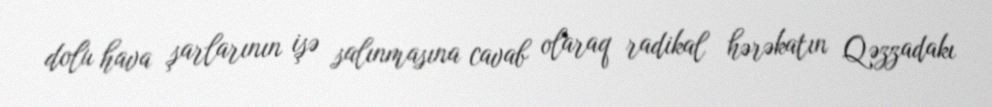
dolu hava şarlarının işə salınmasına cavab olaraq radikal hərəkatın Qəzzadakı